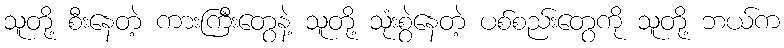
သူတို့ စီးနေတဲ့ ကားကြီးတွေနဲ့ သူတို့ သုံးစွဲနေတဲ့ ပစ်စည်းတွေကို သူတို့ ဘယ်က